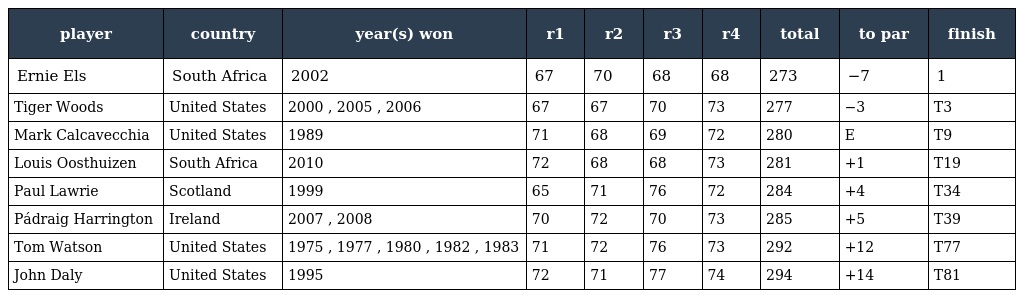
| player | country | year(s) won | r1 | r2 | r3 | r4 | total | to par | finish |
 | --- | --- | --- | --- | --- | --- | --- | --- | --- | --- |
 | Ernie Els | South Africa | 2002 | 67 | 70 | 68 | 68 | 273 | −7 | 1 |
 | Tiger Woods | United States | 2000 , 2005 , 2006 | 67 | 67 | 70 | 73 | 277 | −3 | T3 |
 | Mark Calcavecchia | United States | 1989 | 71 | 68 | 69 | 72 | 280 | E | T9 |
 | Louis Oosthuizen | South Africa | 2010 | 72 | 68 | 68 | 73 | 281 | +1 | T19 |
 | Paul Lawrie | Scotland | 1999 | 65 | 71 | 76 | 72 | 284 | +4 | T34 |
 | Pádraig Harrington | Ireland | 2007 , 2008 | 70 | 72 | 70 | 73 | 285 | +5 | T39 |
 | Tom Watson | United States | 1975 , 1977 , 1980 , 1982 , 1983 | 71 | 72 | 76 | 73 | 292 | +12 | T77 |
 | John Daly | United States | 1995 | 72 | 71 | 77 | 74 | 294 | +14 | T81 |